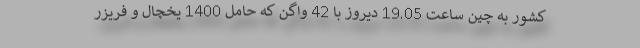
کشور به چین ساعت 19.05 دیروز با 42 واگن که حامل 1400 یخچال و فریزر